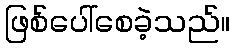
ဖြစ်ပေါ်စေခဲ့သည်။